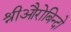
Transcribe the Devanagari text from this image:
श्रीऔरोबिन्दो